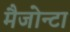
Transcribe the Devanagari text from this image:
मैजोन्टा